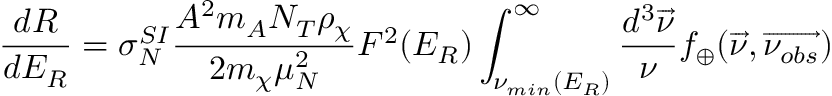
\frac { d R } { d E _ { R } } = \sigma _ { N } ^ { S I } \frac { A ^ { 2 } m _ { A } N _ { T } \rho _ { \chi } } { 2 m _ { \chi } \mu _ { N } ^ { 2 } } F ^ { 2 } ( E _ { R } ) \int _ { { \nu } _ { m i n } ( E _ { R } ) } ^ { \infty } \frac { d ^ { 3 } \overrightarrow { \nu } } { \nu } f _ { \oplus } ( \overrightarrow { \nu } , \overrightarrow { \nu _ { o b s } } )